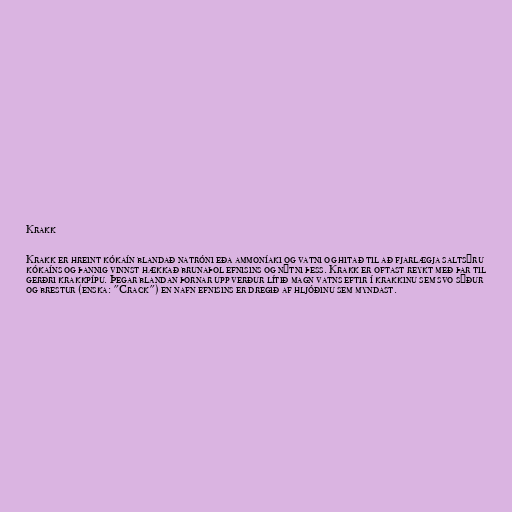
Krakk

Krakk er hreint kókaín blandað natróni eða ammoníaki og vatni og hitað til að fjarlægja saltsýru
kókaíns og þannig vinnst hækkað brunaþol efnisins og nýtni þess. Krakk er oftast reykt með þar til
gerðri krakkpípu. Þegar blandan þornar upp verður lítið magn vatns eftir í krakkinu sem svo sýður
og brestur (enska: "Crack") en nafn efnisins er dregið af hljóðinu sem myndast.